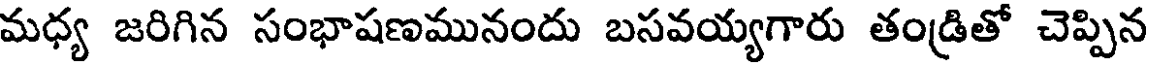
మధ్య జరిగిన సంభాషణమునందు బసవయ్యగారు తండ్రితో చెప్పిన